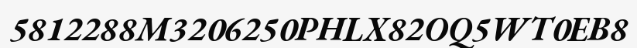
5812288M3206250PHLX82OQ5WT0EB8